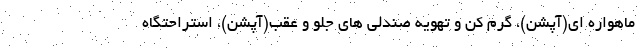
ماهواره ای(آپشن)، گرم کن و تهویه صندلی های جلو و عقب(آپشن)، استراحتگاه